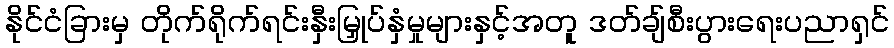
နိုင်ငံခြားမှ တိုက်ရိုက်ရင်းနှီးမြှုပ်နှံမှုများနှင့်အတူ ဒတ်ချ်စီးပွားရေးပညာရှင်